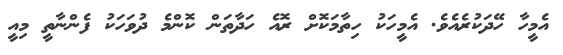
އެމީހާ ހޭދަކުރެއެވެ. އެމީހަކު ހިތާމަކޮށް ރޮއެ ހަދާތަން ކޮންމެ ދުވަހަކު ފެންނާތީ މިއީ